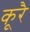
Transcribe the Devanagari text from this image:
कूरै